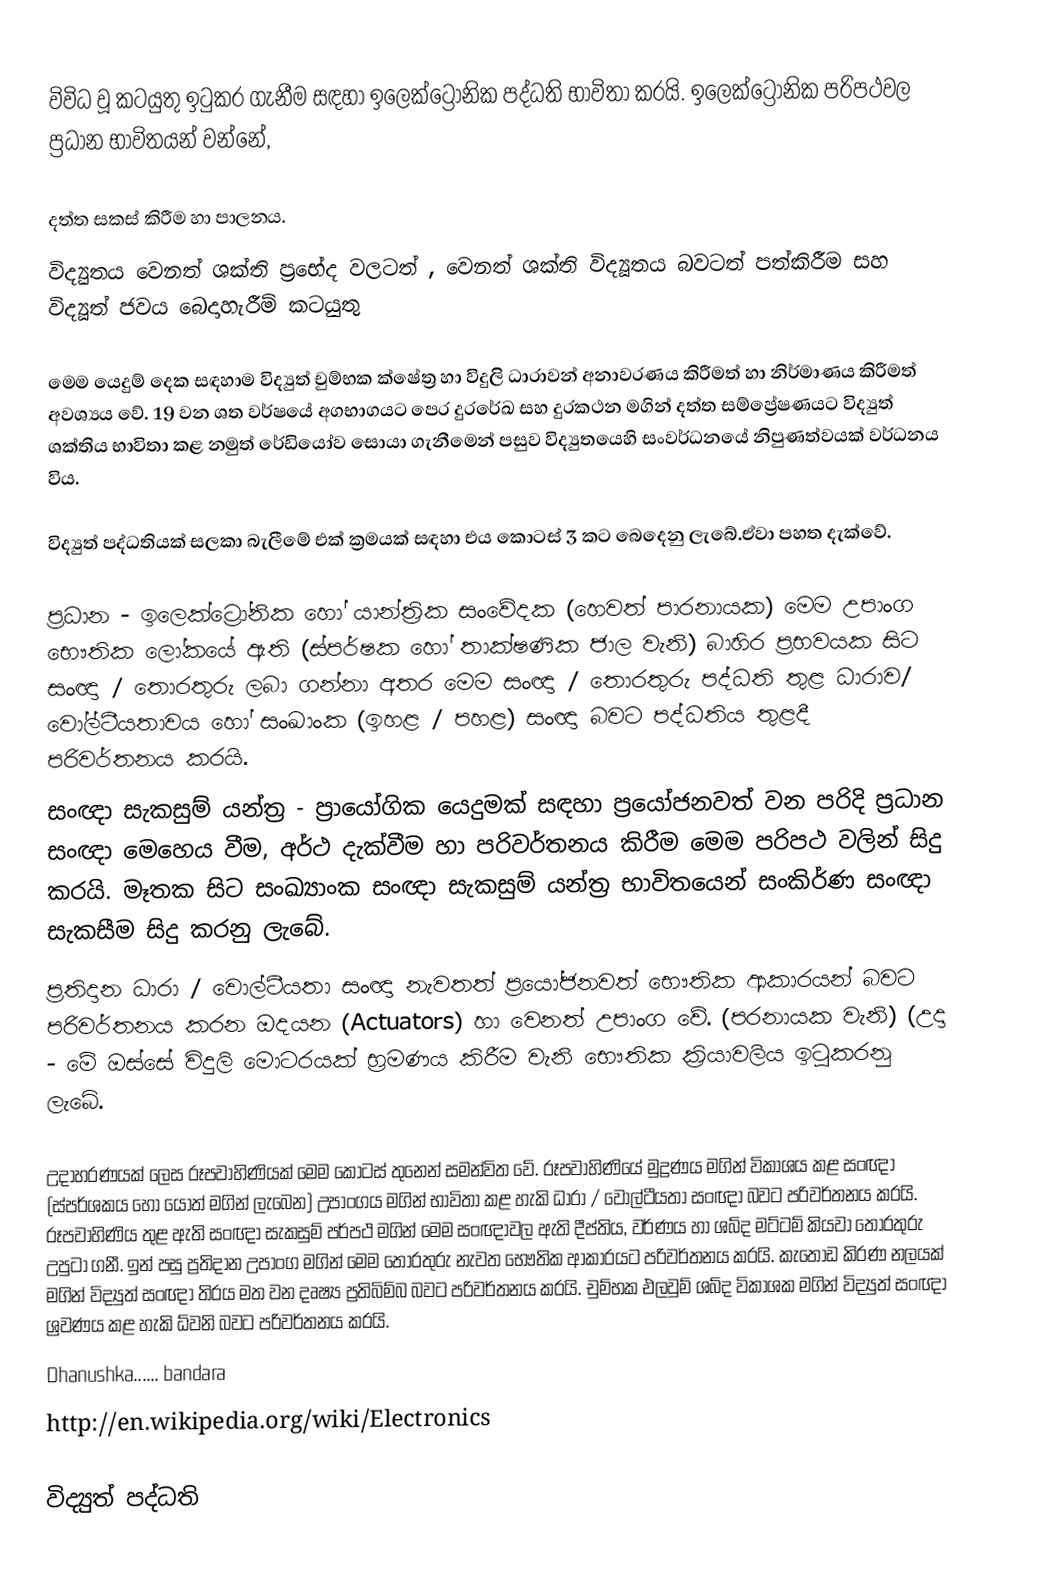
විවිධ වූ කටයුතු ඉටුකර ගැනීම සඳහා ඉලෙක්ට්‍රොනික පද්ධති භාවිතා කරයි. ඉලෙක්ට්‍රොනික පරිපථවල ප්‍රධාන භාවිතයන් වන්නේ,

දත්ත සකස් කිරීම හා පාලනය.
විද්‍යුතය වෙනත් ශක්ති ප්‍රභේද වලටත් , වෙනත් ශක්ති විද්‍යූතය බවටත් පත්කිරීම සහ විද්‍යූත් ජවය බෙදාහැරීම් කටයුතු

මෙම යෙදුම් දෙක සඳහාම විද්‍යුත් චුම්භක ක්ෂේත්‍ර හා විදුලි ධාරාවන් අනාවරණය කිරීමත් හා නිර්මාණය කිරීමත් අවශ්‍යය වේ. 19 වන ශත වර්ෂයේ අගභාගයට පෙර දුරරේඛ සහ දුරකථන මගින් දත්ත සම්ප්‍රේෂණයට විද්‍යුත් ශක්තිය භාවිතා කළ නමුත් රේඩියෝව සොයා ගැනීමෙන් පසුව විද්‍යුතයෙහි සංවර්ධනයේ නිපුණත්වයක් වර්ධනය විය.

විද්‍යුත් පද්ධතියක් සලකා බැලීමේ එක් ක්‍රමයක් සඳහා  එය ‍කොටස් 3 කට බෙදෙනු ලැබේ.ඒවා පහත දැක්වේ.

ප්‍රධාන - ඉලෙක්ට්‍රෝනික හෝ යාන්ත්‍රික සංවේදක (හෙවත් පාරනායක) මෙම උපාංග භෞතික ලෝකයේ ඇති (ස්පර්ෂක හෝ තාක්ෂණික ජාල වැනි) බාහිර ප්‍රභවයක සිට සංඥා / තොරතුරු ලබා ගන්නා අතර මෙම සංඥා / තොරතුරු පද්ධති තුළ ධාරාව/ වෝල්ටීයතාවය හෝ සංඛාංක (ඉහළ / පහළ) සංඥා බවට පද්ධතිය තුළදී පරිවර්තනය කරයි.
සංඥා සැකසුම් යන්ත්‍ර  - ප්‍රායෝගික යෙදුමක් සඳහා ප්‍රයෝජනවත් වන පරිදි ප්‍රධාන සංඥා මෙහෙය වීම, අර්ථ දැක්වීම හා පරිවර්තනය කිරීම මෙම පරිපථ වලින් සිදු කරයි. මෑතක සිට සංඛ්‍යාංක සංඥා සැකසුම් යන්ත්‍ර භාවිතයෙන් සංකිර්ණ සංඥා සැකසීම සිදු කරනු ලැබේ.
ප්‍රතිදාන ධාරා / වොල්ටීයතා සංඥා නැවතත් ප්‍රයෝජනවත් භෞතික ආකාරයන් බවට පරිවර්තනය කරන ඔදයන (Actuators) හා වෙනත් උපාංග වේ. (පරනායක වැනි) (උදා - මේ ඔස්සේ විදුලි මොටරයක් භ්‍රමණය කිරීම වැනි ‍භෞතික ක්‍රියාවලිය ඉටුකරනු ලැබේ.

උදාහරණයක් ලෙස රූපවාහිණියක් මෙම කොටස් තුනෙන් සමන්විත වේ. රූපවාහිණියේ මුද්‍රණය මගින් විකාශය කළ සංඥා (ස්පර්ශකය හෝ යොත් මගින් ලැබෙන) උපාංගය මගින් භාවිතා කළ හැකි ධාරා / වෝල්ටීයතා සංඥා බවට පරිවර්තනය කරයි. රූපවාහිණිය තුළ ඇති සංඥා සැකසුම්  පර්පථ මගින් මෙම සංඥාවල ඇති දීප්තිය, වර්ණය හා ශබ්ද මට්ටම් කියවා තොරතුරු උපුටා ගනී. ඉන් පසු ප්‍රතිදාන උපාංග මගින් මෙම තොරතුරු නැවත භෞතික ආකාරයට පරිවර්තනය කරයි. කැතෝඩ කිරණ නලයක් මගින් විද්‍යුත් සංඥා තිරය මත වන දෘෂ්‍ය ප්‍රතිබිම්බ බවට පරිවර්තනය කරයි. චුම්භක එලවුම් ශබ්ද විකාශක මගින් විද්‍යුත් සංඥා ශ්‍රවණය  කළ හැකි ධ්වනි බවට පරිවර්තනය කරයි.
Dhanushka......     bandara
http://en.wikipedia.org/wiki/Electronics

විද්‍යුත් පද්ධති